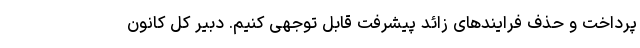
پرداخت و حذف فرایندهای زائد پیشرفت قابل توجهی کنیم. دبیر کل کانون